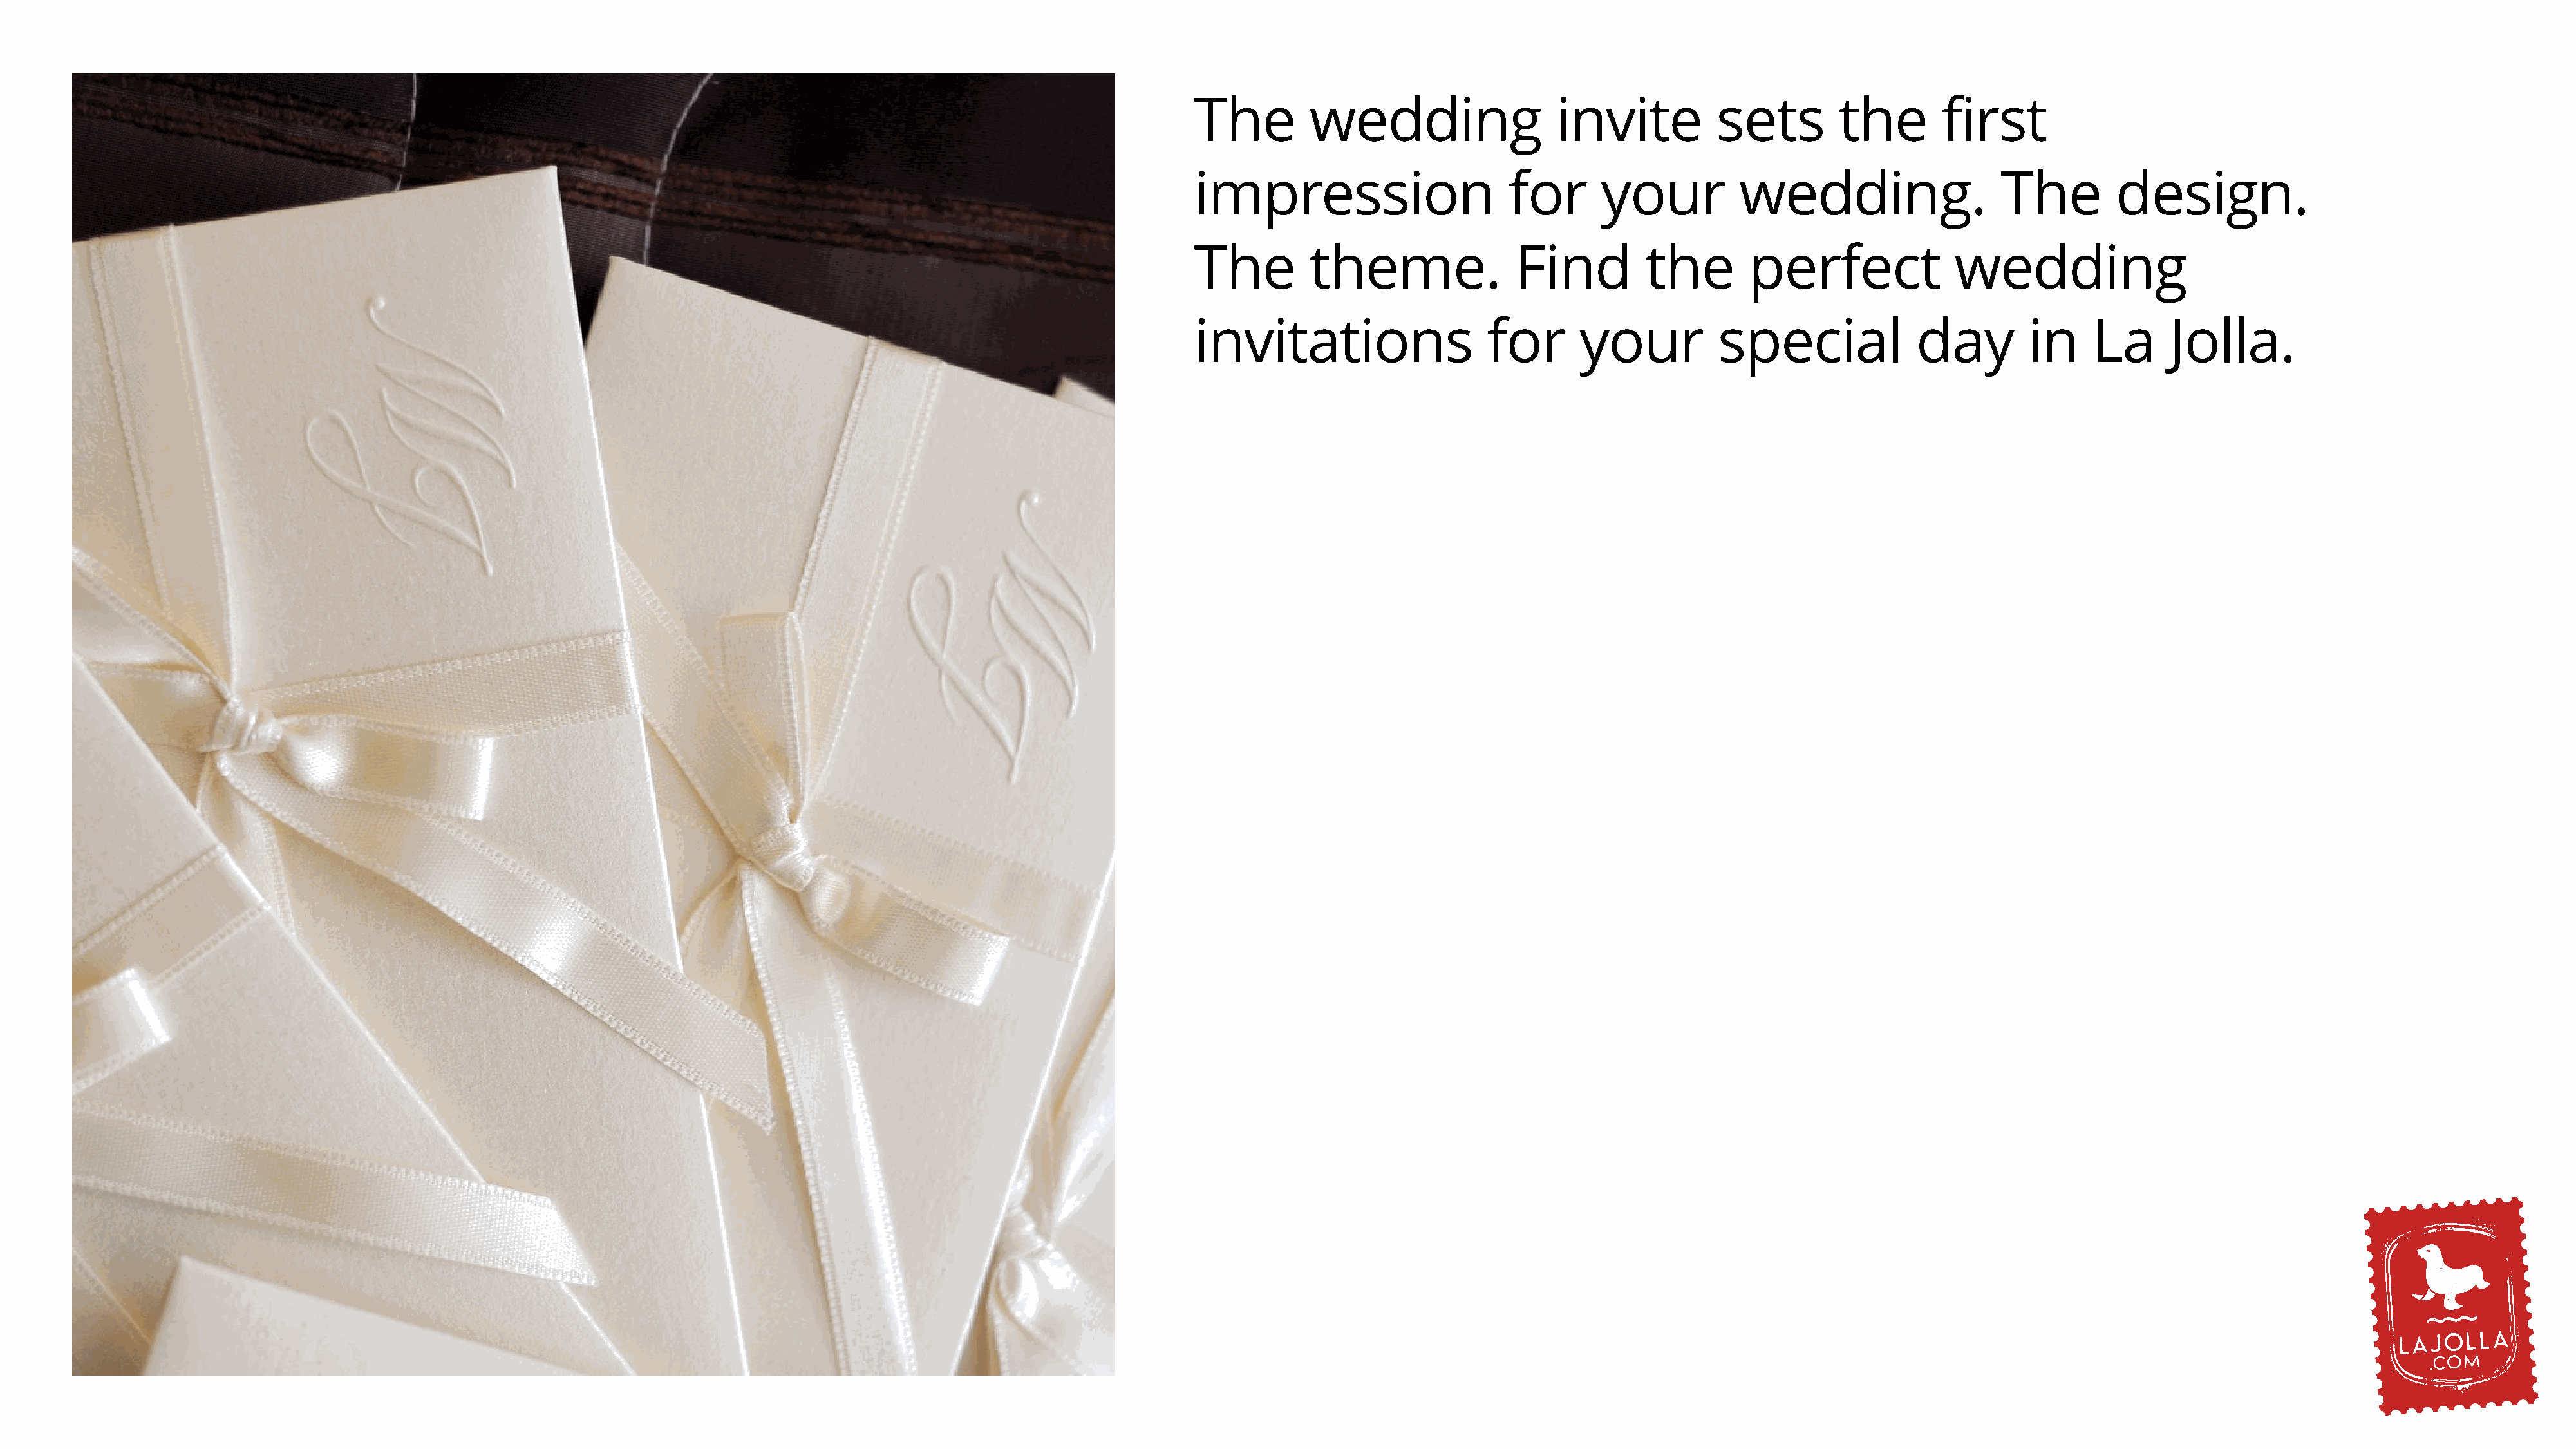
The         wedding                  invite          sets         the        first
 impression                      for       your          wedding.                   The        design.
 The         theme.               Find         the        perfect              wedding
 invitations                   for      your           special             day        in     La      Jolla.